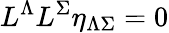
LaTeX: L^{\Lambda}L^{\Sigma}\eta_{\Lambda\Sigma}=0